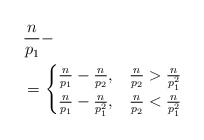
\begin{align*} &\frac n {p_1} - \\ &= \begin{cases} \frac n {p_1} - \frac n {p_2}, & \frac n {p_2} > \frac n {p_1^2}\\ \frac n {p_1} - \frac n {p_1^2}, & \frac n {p_2} < \frac n {p_1^2} \end{cases} \end{align*}